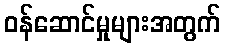
ဝန်ဆောင်မှုများအတွက်